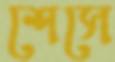
শেসে